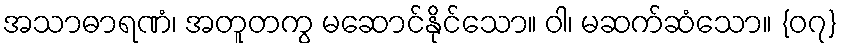
အသာဓာရဏံ၊ အတူတကွ မဆောင်နိုင်သော။ ဝါ၊ မဆက်ဆံသော။ {၀၇}